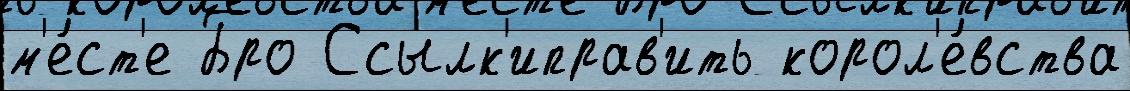
м'е́ст'е Бро Ссылк'иправ'ить корол'е́вства